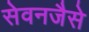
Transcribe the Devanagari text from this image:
सेवनजैसे